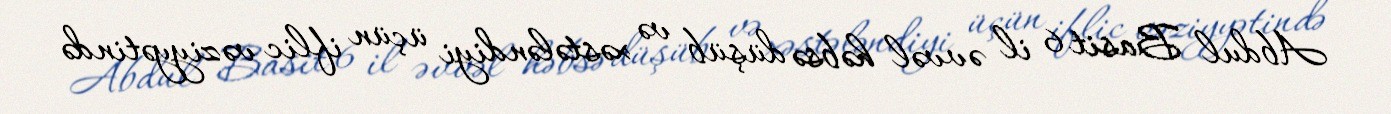
Abdul Basit 6 il əvvəl həbsə düşüb və xəstələndiyi üçün iflic vəziyyətində